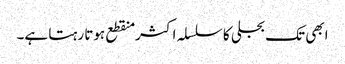
ابھی تک بجلی کا سلسلہ اکثر منقطع ہوتا رہتا ہے۔